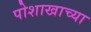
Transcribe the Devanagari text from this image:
पोशाखाच्या